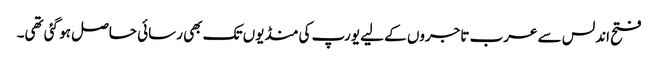
فتح اندلس سے عرب تاجروں کے لیے یورپ کی منڈیوں تک بھی رسائی حاصل ہو گئی تھی۔